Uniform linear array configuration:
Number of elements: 24
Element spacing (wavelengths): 1
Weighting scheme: blackman
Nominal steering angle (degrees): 0
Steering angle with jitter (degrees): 0.2022
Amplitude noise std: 0.05
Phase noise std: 0.05

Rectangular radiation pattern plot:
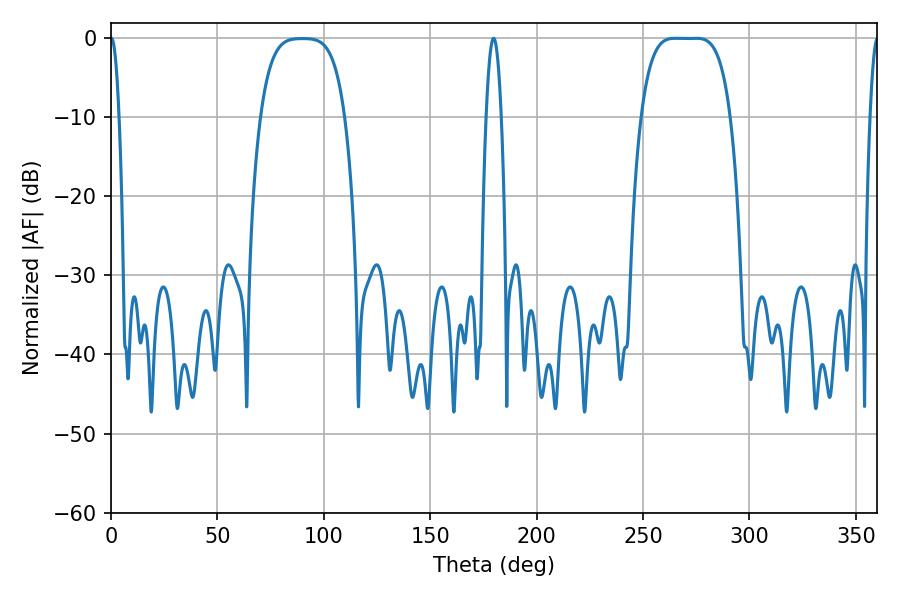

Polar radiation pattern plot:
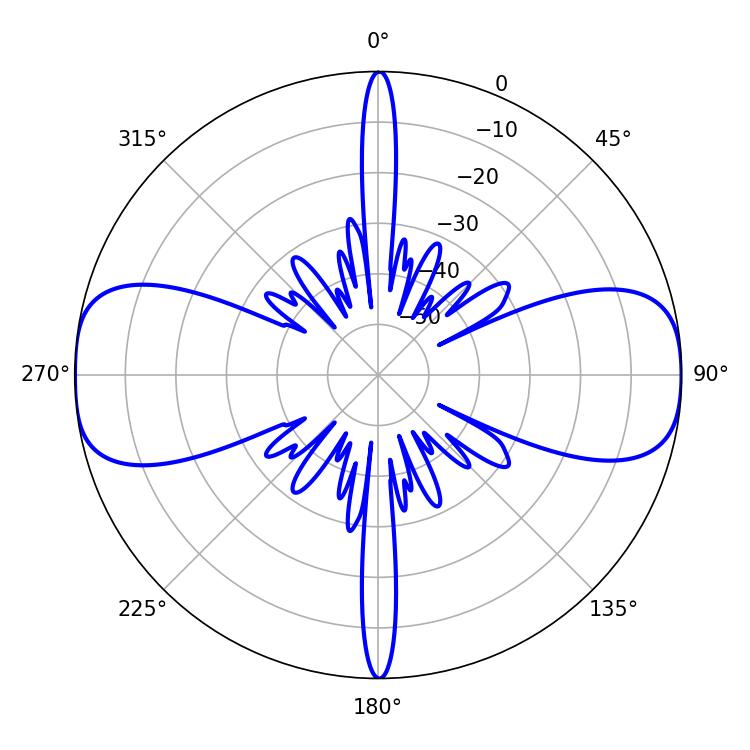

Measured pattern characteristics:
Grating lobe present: TRUE
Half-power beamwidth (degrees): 32.04
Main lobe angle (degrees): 265.14